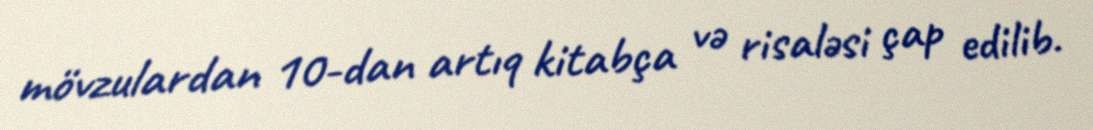
mövzulardan 10-dan artıq kitabça və risaləsi çap edilib.